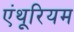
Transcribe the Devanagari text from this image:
एंथूरियम